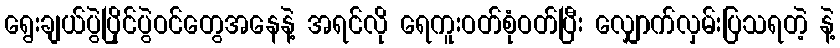
ရွေးချယ်ပွဲပြိုင်ပွဲဝင်တွေအနေနဲ့ အရင်လို ရေကူးဝတ်စုံဝတ်ပြီး လျှောက်လှမ်းပြသရတဲ့ နဲ့